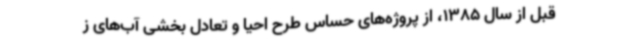
قبل از سال 1385، از پروژه‌های حساس طرح احیا و تعادل بخشی آب‌های ز